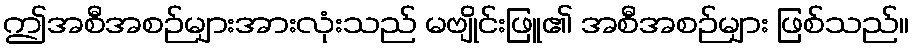
ဤအစီအစဉ်များအားလုံးသည် မဗျိုင်းဖြူ၏ အစီအစဉ်များ ဖြစ်သည်။